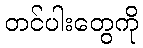
တင်ပါးတွေကို